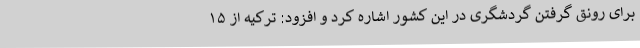
برای رونق گرفتن گردشگری در این کشور اشاره کرد و افزود: ترکیه از ۱۵